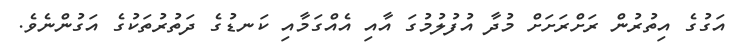
އަގުގެ އިތުރުން ރަށްރަށަށް މުދާ އުފުލުމުގަ އާއި އެއްގަމާއި ކަނޑުގެ ދަތުރުތަކުގެ އަގުންނެވެ.